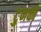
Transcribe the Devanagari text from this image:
टुनकी